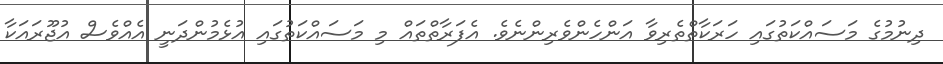
ދިނުމުގެ މަސައްކަތުގައި ހަރަކާތްތެރިވާ އަންހެންވެރިންނެވެ. އެފަރާތްތައް މި މަސައްކަތުގައި އުޅެމުންދަނީ އެއްވެސް އުޖޫރައަކާ